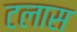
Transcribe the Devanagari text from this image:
टलास